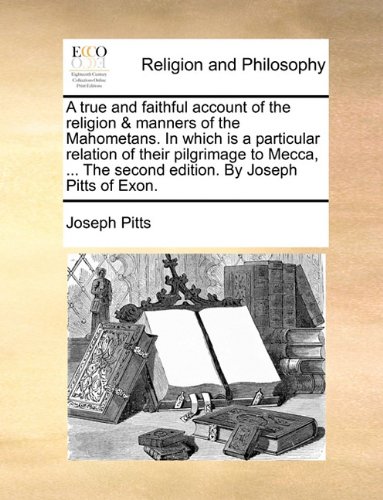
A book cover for A true and faithful account of the religion & manners of the Mahometans. In which is a particular relation of their pilgrimage to Mecca, ... The second edition. By Joseph Pitts of Exon.; Joseph Pitts; Religion & Spirituality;